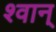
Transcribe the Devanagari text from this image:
श्वान्